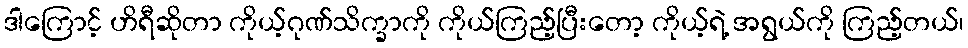
ဒါကြောင့် ဟိရီဆိုတာ ကိုယ့်ဂုဏ်သိက္ခာကို ကိုယ်ကြည့်ပြီးတော့ ကိုယ့်ရဲ့ အရွယ်ကို ကြည့်တယ်၊